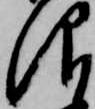
仰